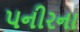
પનીરના